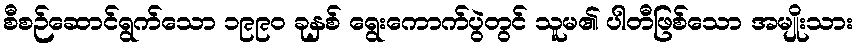
စီစဉ်ဆောင်ရွက်သော ၁၉၉၀ ခုနှစ် ရွေးကောက်ပွဲတွင် သူမ၏ ပါတီဖြစ်သော အမျိုးသား